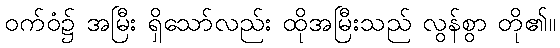
ဝက်ဝံ၌ အမြီး ရှိသော်လည်း ထိုအမြီးသည် လွန်စွာ တို၏။